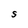
Character: S